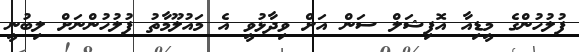
ފުލުހުންގެ މީޑިއާ އޮފިޝަލް ސަން އަށް ވިދާޅުވީ އެ މައުލޫމާތު ފުލުހުންނަށް ލިބުނީ